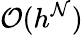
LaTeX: {\cal{O}}(h^{\mathcal{N}})